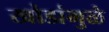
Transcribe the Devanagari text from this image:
खोडांमुळे